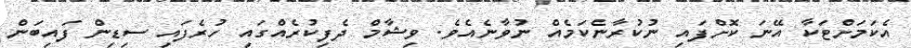
އެކަމަށްޓަކާ އޭނަ ކޮށްފައި ނުކުރާނެކަމެއް ނުވާނެއެވެ. ވިޝާމް ދެފިކުރެއްގައި ހުރެފައި ސިޑިން ފައިބަން